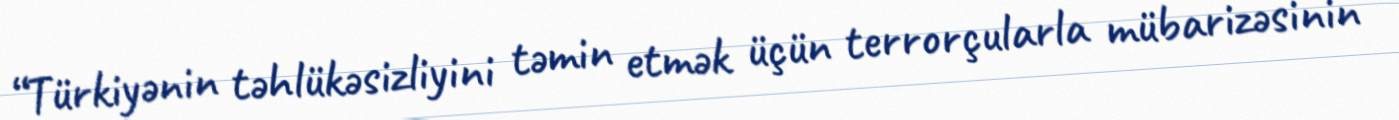
“Türkiyənin təhlükəsizliyini təmin etmək üçün terrorçularla mübarizəsinin